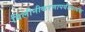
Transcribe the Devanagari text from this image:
विलीनीकरणापर्यंतप्रत्येक